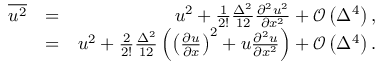
\begin{array} { r l r } { \overline { { { u ^ { 2 } } } } } & { = } & { u ^ { 2 } + \frac { 1 } { 2 ! } \frac { \Delta ^ { 2 } } { 1 2 } \frac { \partial ^ { 2 } u ^ { 2 } } { \partial x ^ { 2 } } + \mathcal { O } \left( \Delta ^ { 4 } \right) , } \\ & { = } & { u ^ { 2 } + \frac { 2 } { 2 ! } \frac { \Delta ^ { 2 } } { 1 2 } \left( \left( \frac { \partial u } { \partial x } \right) ^ { 2 } + u \frac { \partial ^ { 2 } u } { \partial x ^ { 2 } } \right) + \mathcal { O } \left( \Delta ^ { 4 } \right) . } \end{array}